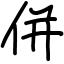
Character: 併